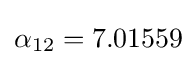
\alpha _{12}=7.01559